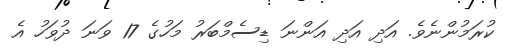
ކުރަމުންނެވެ. އަދި އަދި އަންނަ ޑިސެމްބަރު މަހުގެ 17 ވަނަ ދުވަހު އެ